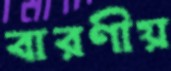
বারণীয়